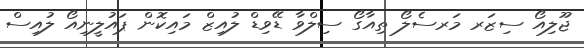
ޖޫލިއޯ ސިޒަރ މަރސެލޯ ތިއާގޯ ސިލްވާ ޑޭވިޑް ލުއިޒް މައިކޮން ޕައުލީނިއޯ ލުއިސް